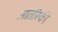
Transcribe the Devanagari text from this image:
आंतरिकी